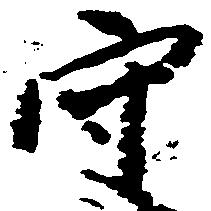
守